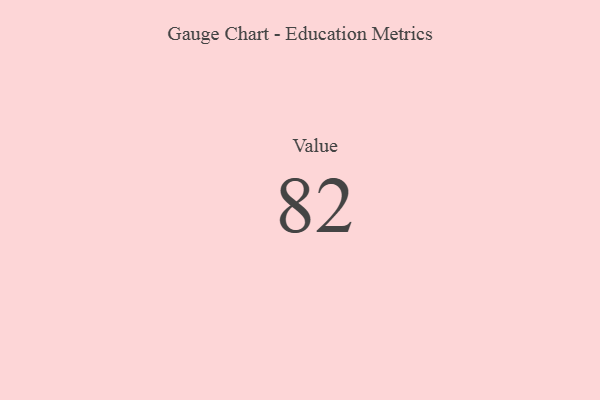
{"axis": {"x": "Metric", "y": "Value"}, "legend": [""], "data": [{"x": "Value", "y": 82, "type": ""}]}